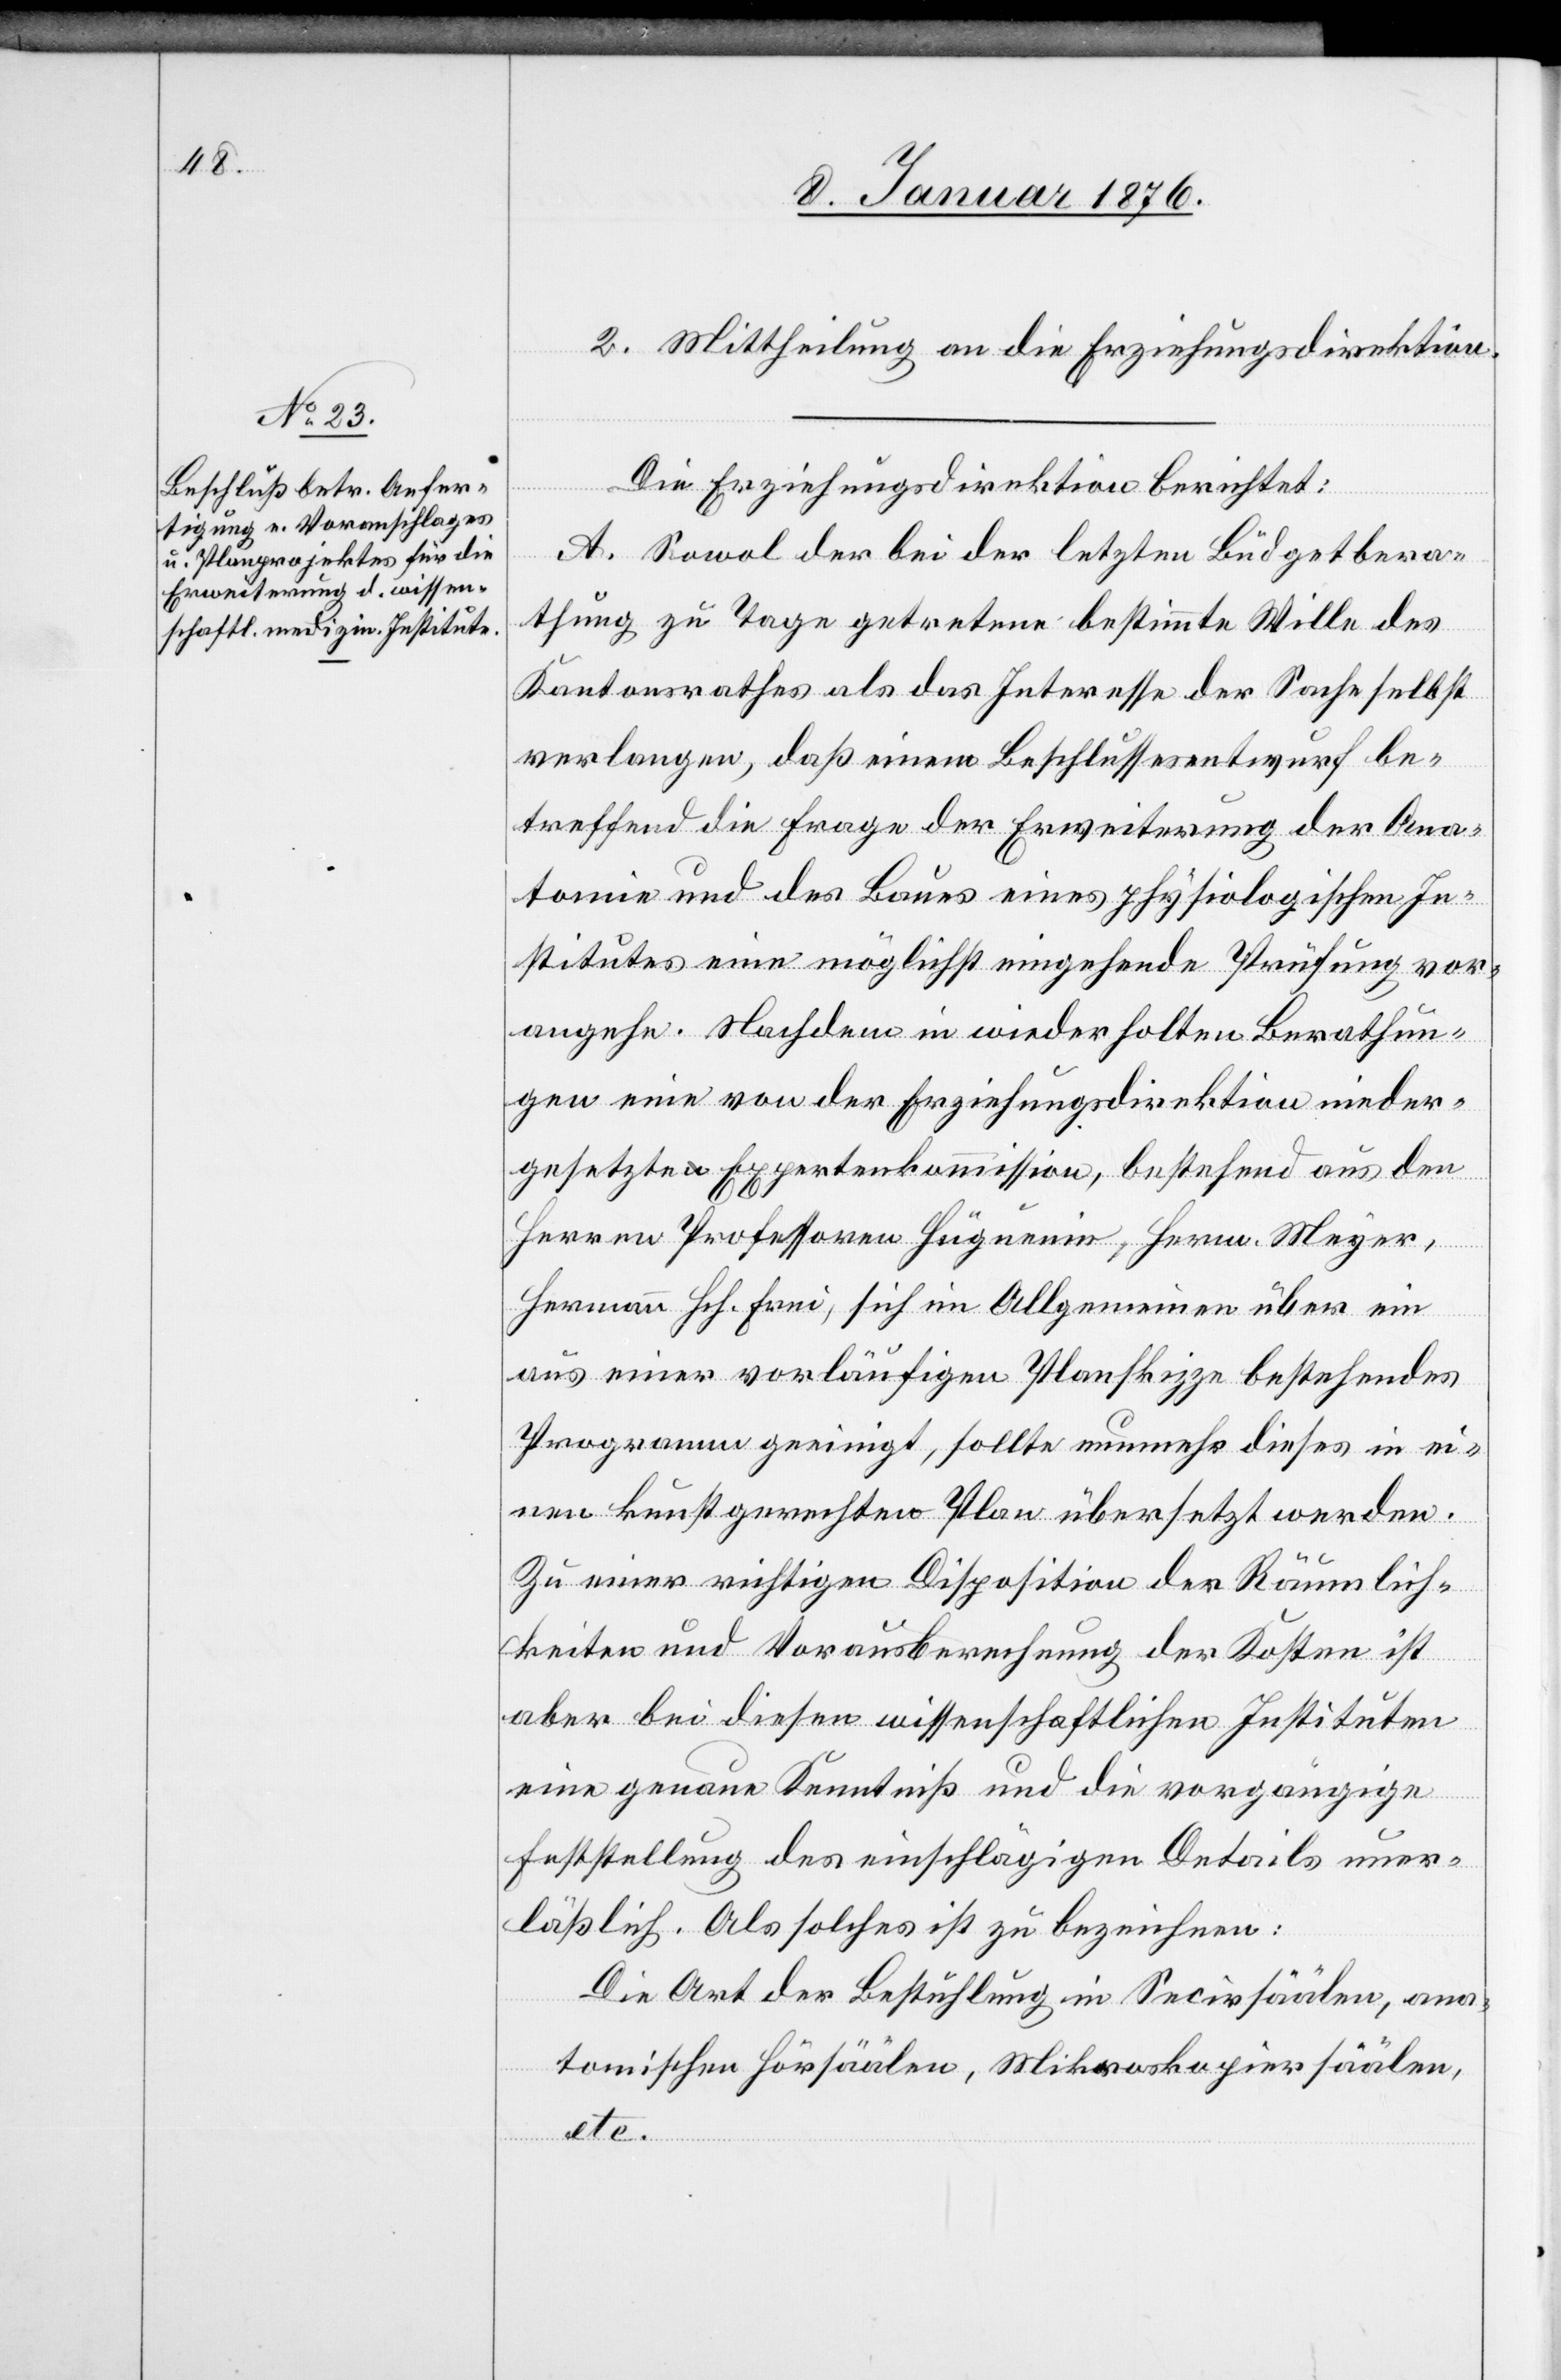
2. Mittheilung an die Erziehungsdirektion.
Die Erziehungsdirektion berichtet:
A. Sowol der bei der letzten Büdgetbera¬
thung zu Tage getretene bestimmte Wille des
Kantonsrathes als das Interesse der Sache selbst
verlangen, daß einem Beschlussesentwurf be¬
treffend die Frage der Erweiterung der Ana¬
tomie und des Baues eines physiologischen In¬
stitutes eine möglichst eingehende Prüfung vor¬
angehe. Nachdem in wiederholten Berathun¬
gen eine von der Erziehungsdirektion nieder¬
gesetzte Expertenkommission, bestehend aus den
Herren Professoren Hüguenin, Herm. Meyer,
Hermann Hch. Frei, sich im Allgemeinen über ein
aus einer vorläufigen Planskizze bestehendes
Programm geeinigt, sollte nunmehr dieses in ei¬
nen kunstgerechten Plan übersetzte werden.
Zu einer richtigen Disposition der Räumlich¬
keiten und Vorausberechnung der Kosten ist
aber bei diesen wissenschaftlichen Instituten
eine genaue Kenntniß und die vorgängige
Feststellung des einschlägigen Details uner¬
läßlich. Als solches ist zu bezeichnen:
Die Art der Bestuhlung in Secirsäälen, ana¬
tomischen Hörsäälen, Mikroskopiersäälen,
etc.